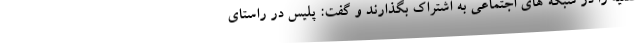
نقلیه را در شبکه های اجتماعی به اشتراک بگذارند و گفت: پلیس در راستای